Report on vaccination in the Province of Bengal - 1869-1873
Year: 1869
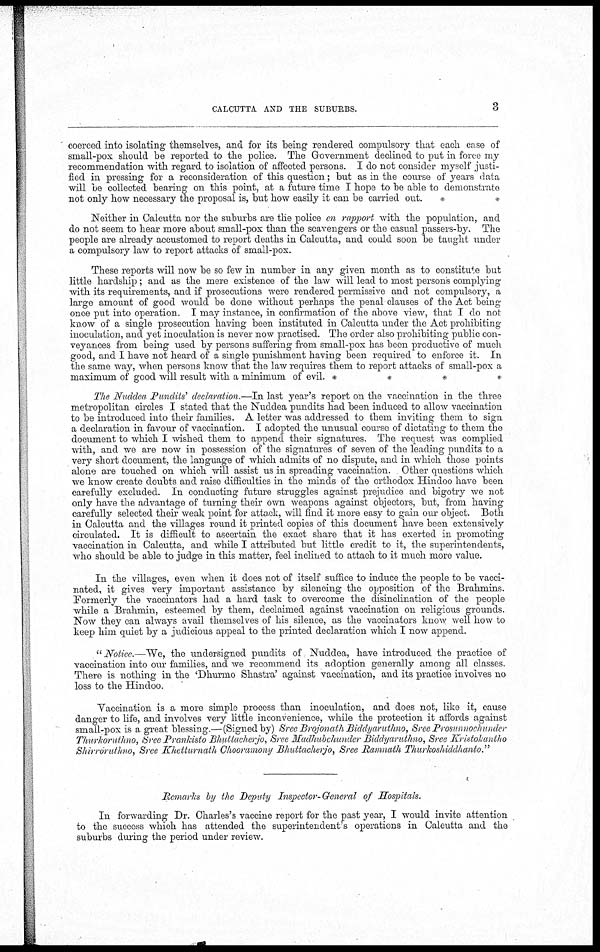
CALCUTTA AND THE SUBURBS.
3
coerced into isolating themselves, and for its being rendered compulsory that each case of
small-pox should be reported to the police. The Government declined to put in force my
recommendation with regard to isolation of affected persons. I do not consider myself justi-
fied in pressing for a reconsideration of this question; but as in the course of years data
will be collected bearing on this point, at a future time I hope to be able to demonstrate
not only how necessary the proposal is, but how easily it can be carried out.
*
*
Neither in Calcutta nor the suburbs are the police en rapport with the population, and
do not seem to hear more about small-pox than the scavengers or the casual passers-by. The
people are already accustomed to report deaths in Calcutta, and could soon be taught under
a compulsory law to report attacks of small-pox.
These reports will now be so few in number in any given month as to constitute but
little hardship; and as the mere existence of the law will lead to most persons complying
with its requirements, and if prosecutions were rendered permissive and not compulsory, a
large amount of good would be done without perhaps the penal clauses of the Act being
once put into operation. I may instance, in confirmation of the above view, that I do not
know of a single prosecution having been instituted in Calcutta under the Act prohibiting
inoculation, and yet inoculation is never now practised. The order also prohibiting public con-
veyances from being used by persons suffering from small-pox has been productive of much
good, and I have not heard of a single punishment having been required to enforce it. In
the same way, when persons know that the law requires them to report attacks of small-pox a
maximum of good will result with a minimum of evil. *
*
*
*
The Nuddea Pundits' declaration.—In last year's report on the vaccination in the three
metropolitan circles I stated that the Nuddea pundits had been induced to allow vaccination
to be introduced into their families. A letter was addressed to them inviting them to sign
a declaration in favour of vaccination. I adopted the unusual course of dictating to them the
document to which I wished them to append their signatures. The request was complied
with, and we are now in possession of the signatures of seven of the leading pundits to a
very short document, the language of which admits of no dispute, and in which those points
alone are touched on which will assist us in spreading vaccination. Other questions which
we know create doubts and raise difficulties in the minds of the orthodox Hindoo have been
carefully excluded. In conducting future struggles against prejudice and bigotry we not
only have the advantage of turning their own weapons against objectors, but, from having
carefully selected their weak point for attack, will find it more easy to gain our object. Both
in Calcutta and the villages round it printed copies of this document have been extensively
circulated. It is difficult to ascertain the exact share that it has exerted in promoting
vaccination in Calcutta, and while I attributed but little credit to it, the superintendents,
who should be able to judge in this matter, feel inclined to attach to it much more value.
In the villages, even when it does not of itself suffice to induce the people to be vacci-
nated, it gives very important assistance by silencing the opposition of the Brahmins.
Formerly the vaccinators had a hard task to overcome the disinclination of the people
while a Brahmin, esteemed by them, declaimed against vaccination on religious grounds.
Now they can always avail themselves of his silence, as the vaccinators know well how to
keep him quiet by a judicious appeal to the printed declaration which I now append.
" Notice.—We, the undersigned pundits of Nuddea, have introduced the practice of
vaccination into our families, and we recommend its adoption generally among all classes.
There is nothing in the 'Dhurmo Shastra' against vaccination, and its practice involves no
loss to the Hindoo.
Vaccination is a more simple process than inoculation, and does not, like it, cause
danger to life, and involves very little inconvenience, while the protection it affords against
small-pox is a great blessing.—(Signed by) Sree Brojonath Biddyaruthno, Sree Prosunnochunder
Thurkoruthno, Sree Prankisto Bhuttacherjo, Sree Madhubchunder Biddyaruthno, Sree Kristokantho
Shirroruthno, Sree Khetturnath Chooramony Bhuttachergo, Sree Ramnath Tharkoshiddhanto."
Remarks by the Deputy Inspector-General of Hospitals.
In forwarding Dr. Charles's vaccine report for the past year, I would invite attention
to the success which has attended the superintendent's operations in Calcutta and the
suburbs during the period under review.